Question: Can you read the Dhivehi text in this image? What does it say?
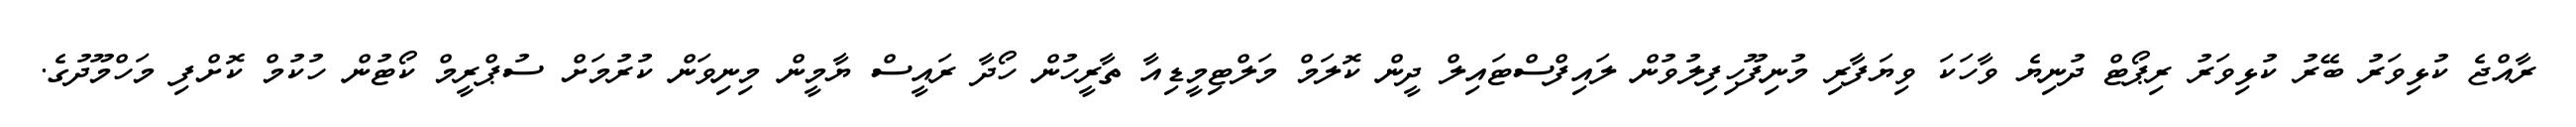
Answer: ރާއްޖެ ކުޅިވަރު ބޭރު ކުޅިވަރު ރިޕޯޓް ދުނިޔެ ވާހަކަ ވިޔަފާރި މުނިފޫހިފިލުވުން ލައިފްސްޓައިލް ދީން ކޮލަމް މަލްޓިމީޑިއާ ތާރީހުން ހޯދާ ރައީސް ޔާމީން މިނިވަން ކުރުމަށް ސުޕްރީމް ކޯޓުން ހުކުމް ކޮށްފި މަހްމޫދުގެ.